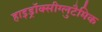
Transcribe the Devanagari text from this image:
हाइड्रॉक्सीग्लुटैमिक